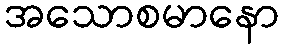
အသောစမာနော